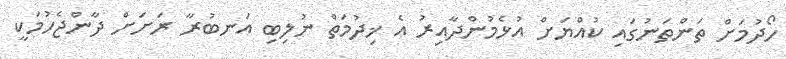
ހޯދުމަށް ތަންތަނުގައި ކުއްޔަށް އުޅެމުންދާއިރު އެ ޚިދުމަތް ނުލިބި އަނބުރާ ރަށަށް ދާންޖެހުމަކީ